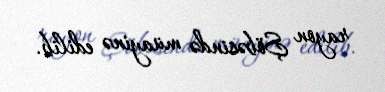
rayon Şöbəsində müayinə edilib.